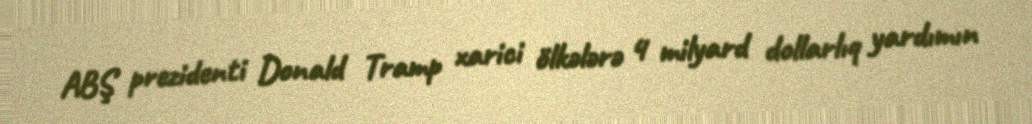
ABŞ prezidenti Donald Tramp xarici ölkələrə 4 milyard dollarlıq yardımın